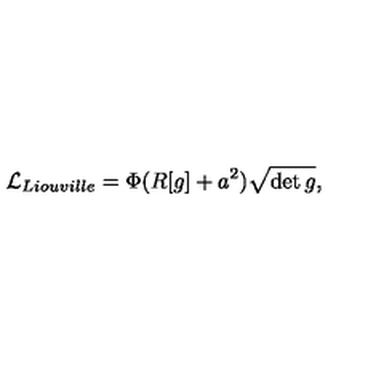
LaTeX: { \cal L } _ { L i o u v i l l e } = \Phi ( R [ g ] + a ^ { 2 } ) \sqrt { \det g } ,